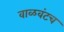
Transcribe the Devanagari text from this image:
वाळवंटच